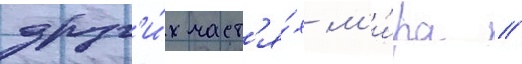
друг'и́х част'я́х м'и́ра //